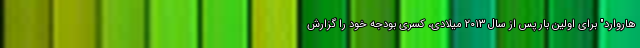
هاروارد" برای اولین بار پس از سال ۲۰۱۳ میلادی، کسری بودجه خود را گزارش